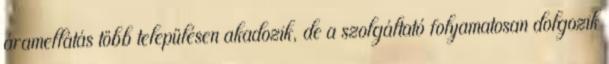
áramellátás több településen akadozik, de a szolgáltató folyamatosan dolgozik